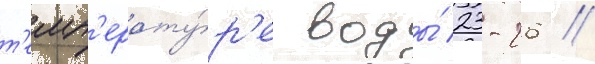
т'емп'ерату́р'е воды́ 23-26 //